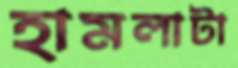
হামলাটা